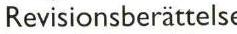
Revisionsberättelse